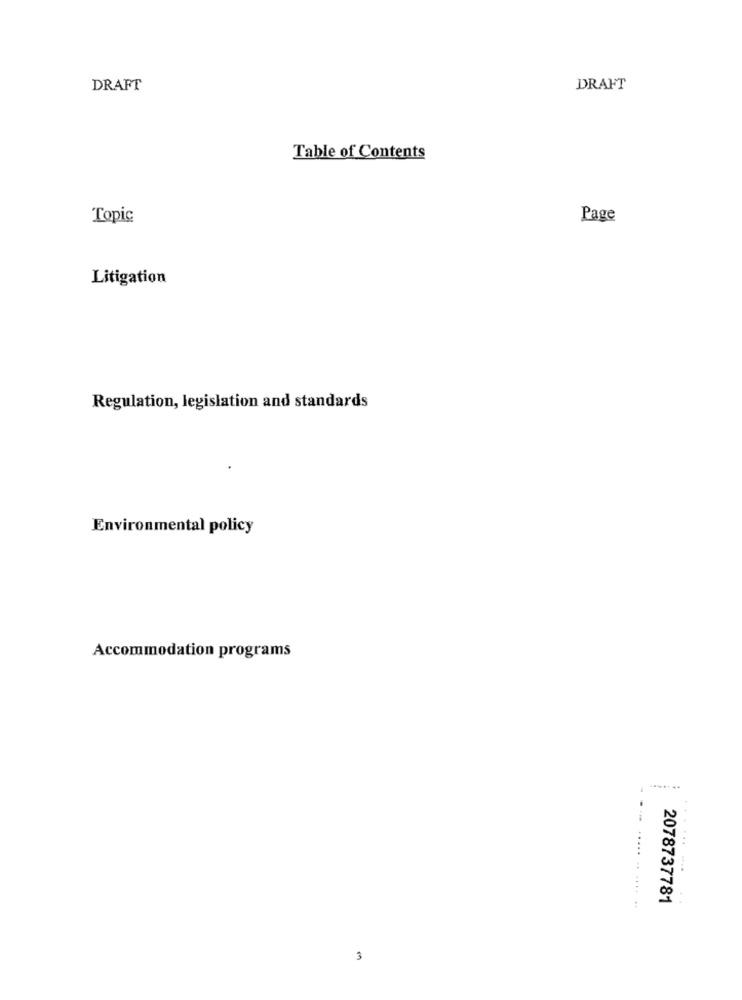
DRAFT
DRAFT
Table of Contents
Topic
Page
Litigation
Regulation, legislation and standards
Environmental policy
Accommodation programs
.......
2078737781
3